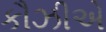
કૌઝીએ